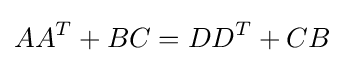
AA^{T}+BC=DD^{T}+CB